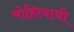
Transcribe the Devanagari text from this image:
मोहित्याची